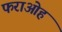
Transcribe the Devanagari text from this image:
फराओह